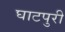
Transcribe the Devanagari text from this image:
घाटपुरी